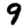
Digit: 9